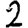
Digit: 2